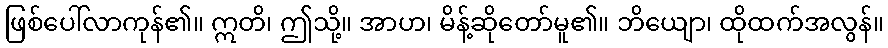
ဖြစ်ပေါ်လာကုန်၏။ ဣတိ၊ ဤသို့။ အာဟ၊ မိန့်ဆိုတော်မူ၏။ ဘိယျော၊ ထိုထက်အလွန်။